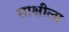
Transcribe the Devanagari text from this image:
साक्षीला